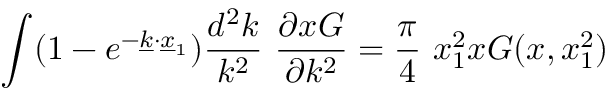
\int ( 1 - e ^ { - \underline { { { k } } } \cdot \underline { { { x } } } _ { 1 } } ) { \frac { d ^ { 2 } k } { k ^ { 2 } } } \ { \frac { \partial x G } { \partial k ^ { 2 } } } = { \frac { \pi } { 4 } } \ x _ { 1 } ^ { 2 } x G ( x , x _ { 1 } ^ { 2 } )